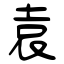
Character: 袁